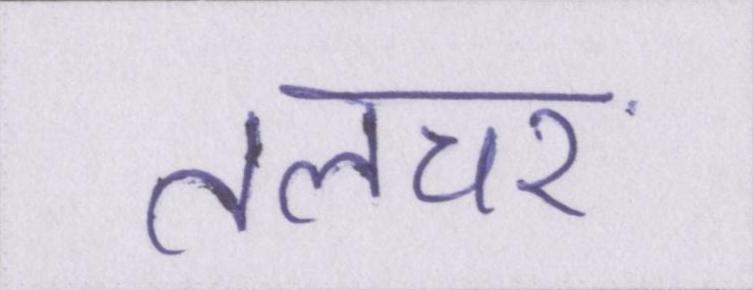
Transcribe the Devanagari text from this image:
तलचर